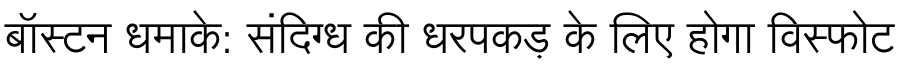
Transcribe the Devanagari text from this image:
बॉस्टन धमाके: संदिग्ध की धरपकड़ के लिए होगा विस्फोट